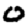
Digit: 0